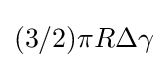
(3/2)\pi R\Delta \gamma